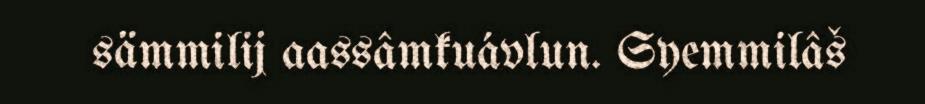
sämmilij aassâmkuávlun. Syemmilâš